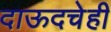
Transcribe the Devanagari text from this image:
दाऊदचेही